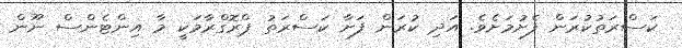
ކަސްރަތުކުރަން ފެށުމަށެވެ. އަދި ކުރަން ފަށާ ކަސްރަތު ޕްރޮގްރާމަކީ މާ އިންޓެންސް ނޫން